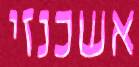
אשכנזי